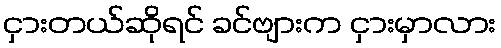
ငှားတယ်ဆိုရင် ခင်ဗျားက ငှားမှာလား